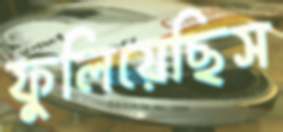
ফুলিয়েছিস